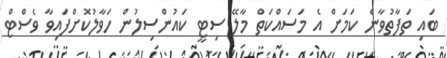
ބައި ތަފާތުވާނެ ކަމަށް އެ މަސައްކަތް މާލޭ ސިޓީ ކައުންސިލުން ހަވާލުކޮށްފައިވާ ވެސްޓް